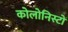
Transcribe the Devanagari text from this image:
कोलोनिस्टों